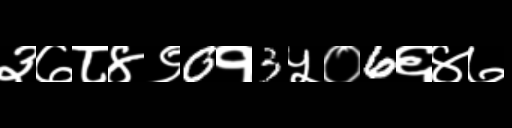
Text: ३७८४९0१3५०6६४७